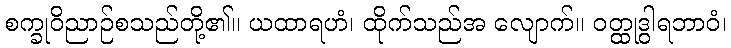
စက္ခုဝိညာဉ်စသည်တို့၏။ ယထာရဟံ၊ ထိုက်သည်အ လျောက်။ ဝတ္ထုဒွါရဘာဝံ၊